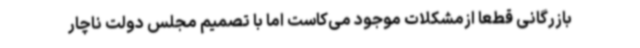
بازرگانی قطعا ازمشکلات موجود می‌کاست اما با تصمیم مجلس دولت ناچار